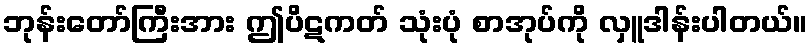
ဘုန်းတော်ကြီးအား ဤပိဋကတ် သုံးပုံ စာအုပ်ကို လှူဒါန်းပါတယ်။